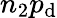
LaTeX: n_{2}p_{\mathrm{d}}